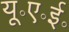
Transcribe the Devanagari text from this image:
यू॰ए॰ई॰